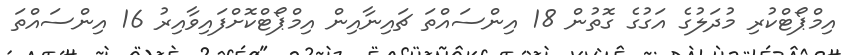
އިމްޕޯޓްކުރި މުދަލުގެ އަގުގެ ގޮތުން 18 އިންސައްތަ ޗައިނާއިން އިމްޕޯޓްކޮށްފައިވާއިރު 16 އިންސައްތަ